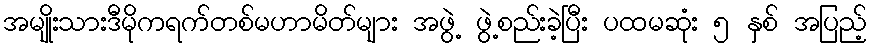
အမျိုးသားဒီမိုကရက်တစ်မဟာမိတ်များ အဖွဲ့ ဖွဲ့စည်းခဲ့ပြီး ပထမဆုံး ၅ နှစ် အပြည့်